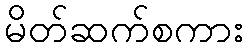
မိတ်ဆက်စကား